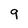
Character: 9